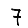
Digit: 7